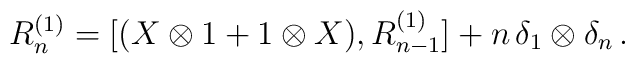
R_n^{(1)} = [(X \otimes 1 + 1 \otimes X) , R_{n-1}^{(1)}] + n \, \delta_1 \otimes \delta_n \, .